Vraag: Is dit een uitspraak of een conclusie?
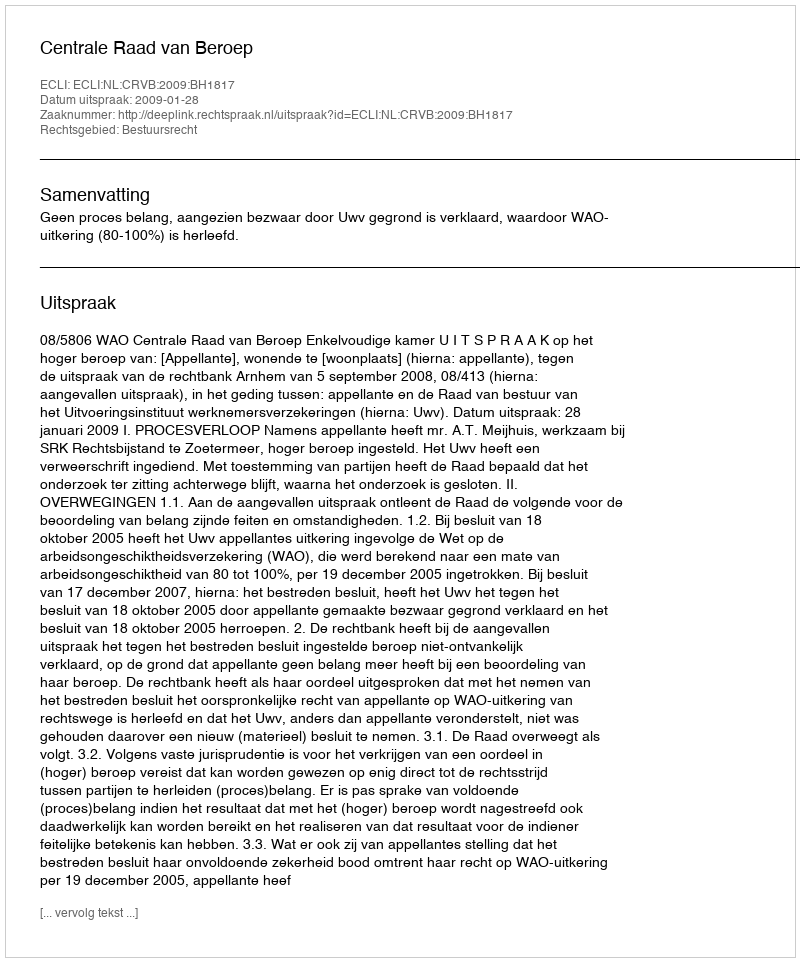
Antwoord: Uitspraak